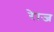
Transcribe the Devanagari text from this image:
रेाज